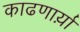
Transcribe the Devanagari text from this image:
काढणार्य़ा